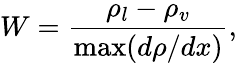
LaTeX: W=\frac{\rho_{l}-\rho_{v}}{\operatorname*{max}(d\rho/dx)},